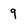
Character: 9